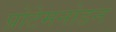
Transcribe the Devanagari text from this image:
प्रोटेमनोडन